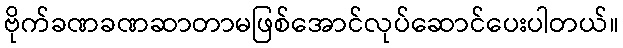
ဗိုက်ခဏခဏဆာတာမဖြစ်အောင်လုပ်ဆောင်ပေးပါတယ်။